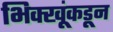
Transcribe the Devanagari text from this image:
भिक्खूंकडून